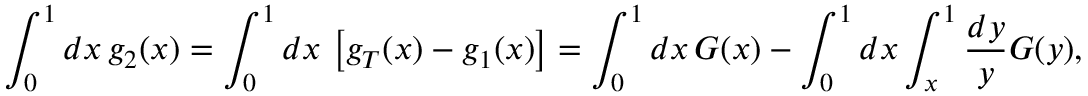
\int _ { 0 } ^ { 1 } d x \, g _ { 2 } ( x ) = \int _ { 0 } ^ { 1 } d x \, \left[ g _ { T } ( x ) - g _ { 1 } ( x ) \right] = \int _ { 0 } ^ { 1 } d x \, G ( x ) - \int _ { 0 } ^ { 1 } d x \int _ { x } ^ { 1 } \frac { d y } { y } G ( y ) ,